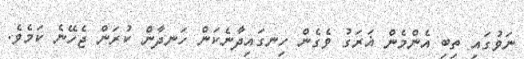
ނަވުގައި ތިބި އެންމެން ޣަރަގު ވެގެން ހިނގައިދާނެކަން ހަނދާން ކުރަން ޖެހޭނެ ކަމެވެ.